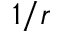
1 / r